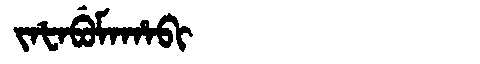
Manchu: ᠵᠠᡶᠠᠪᡠᠮᠠᡥᠠᠪᡳ
Romanization: JAFABUMAHABI